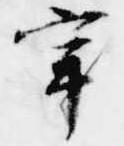
宰